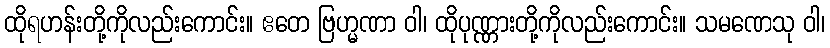
ထိုရဟန်းတို့ကိုလည်းကောင်း။ ဧတေ ဗြဟ္မဏာ ဝါ၊ ထိုပုဏ္ဏားတို့ကိုလည်းကောင်း။ သမဏေသု ဝါ၊